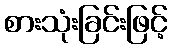
စားသုံးခြင်းဖြင့်